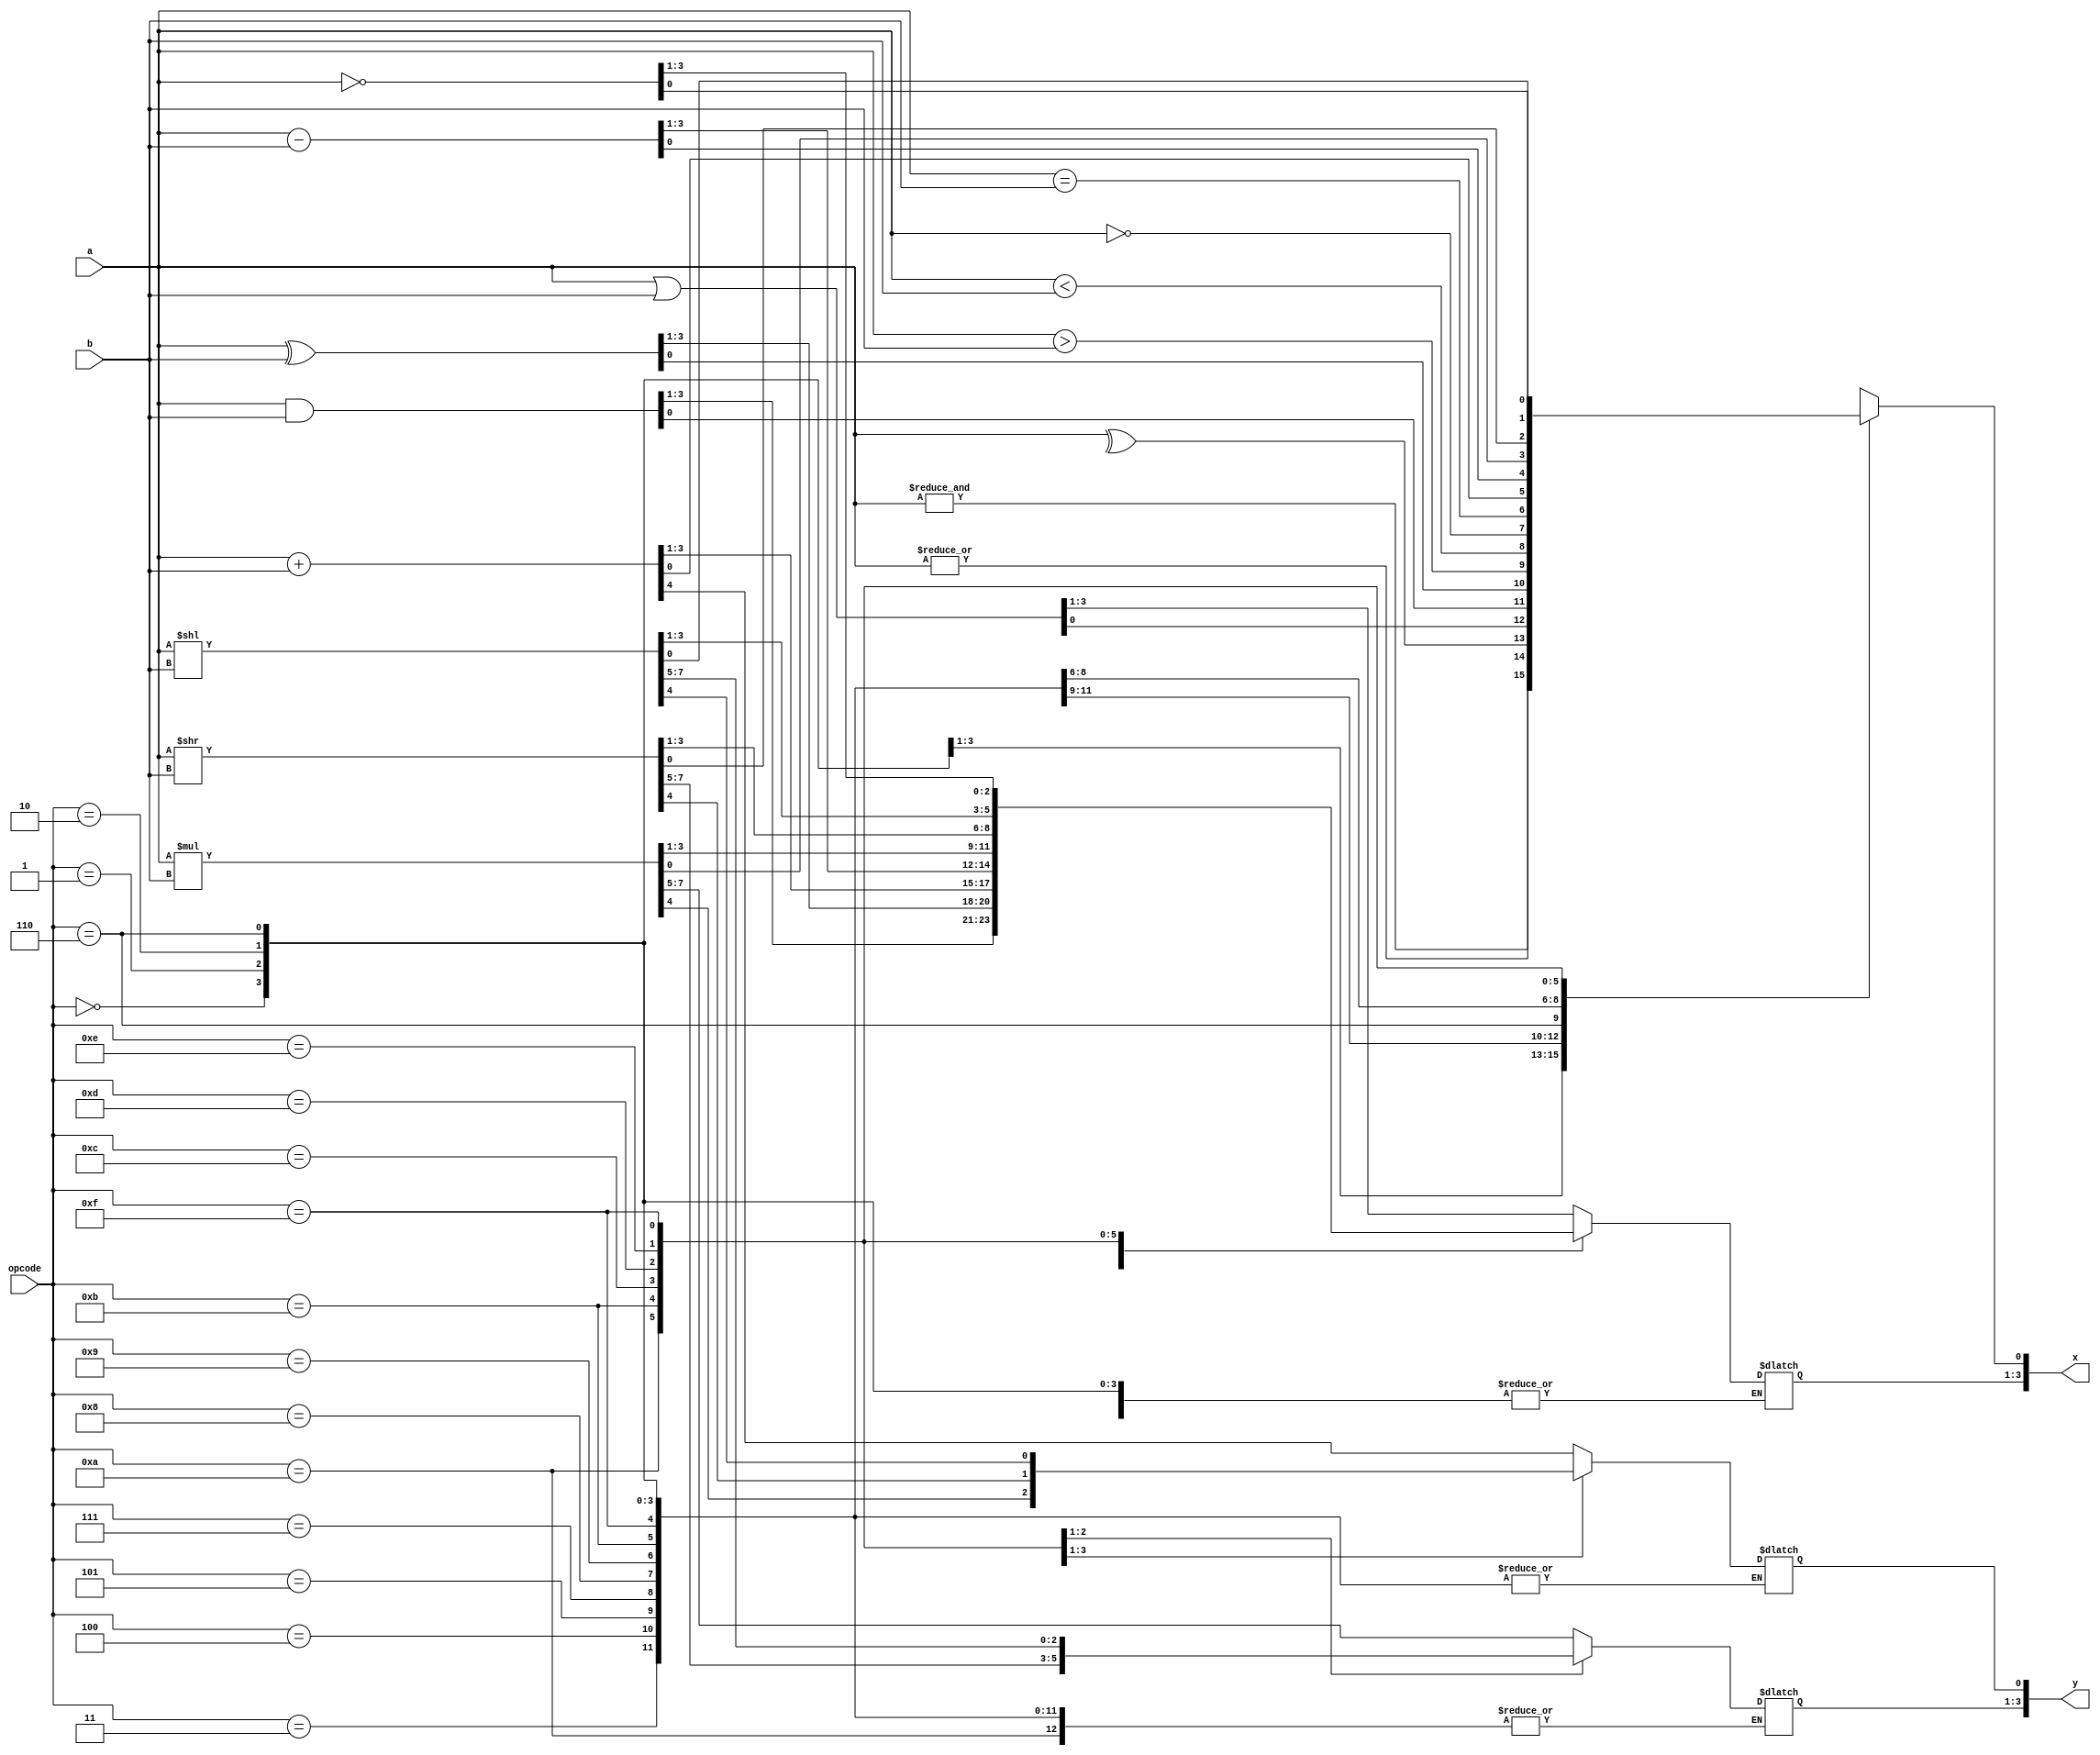
module ALU_4bit(x,y,a,b,opcode);

input [3:0]a,b,opcode;
output reg [3:0]x,y;

always@(a,b,opcode)
            case(opcode)
                    4'b0000: x[0] = |a; //Or reduction of a into bit 0 of x
                    4'b0001: x[0] = &a; //And reduction of a into bit 0 of x
                    4'b0010: x[0] = ^a; //Xor reduction of a into bit 0 of x
                    4'b0011: x = a | b; //Or a with b into x
                    4'b0100: x = a & b; //And a with b into x
                    4'b0101: x = a ^ b; //Xor a with b into x
                    4'b0110: x[0] = a > b; //Is a greater than b? T or F in bit 0 of x
                    4'b0111: x[0] = a < b; //Is a less than b? T or F in bit 0 of x
                    4'b1000: x[0] = !a; //Logical not of a into bit 0 of x
                    4'b1001: x[0] = a==b; //Is a equal to b? T or F in bit 0 of x
                    4'b1010: {y[0],x} = a + b; //Add a and b store into x with carry in bit 0 of y
                    4'b1011: x = a - b; //Subtract a minus b store into x
                    4'b1100: {y,x} = a * b; //Multiply a and b into y and x
                    4'b1101: {y,x} = a >> b; //Shift a to the right by b bits
                    4'b1110: {y,x} = a << b; //Shift a to the left by b bits
                    4'b1111: x = ~a; //Not of a into x
                    default: $display("ALU ERROR");
            endcase

endmodule